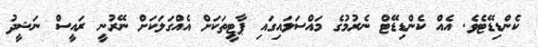
ކެންޑިޑޭޓެވެ. އެއް ކެންޑިޑޭޓް ނެރުމުގެ މައްސަލައިގައި ޕާޓީތަކަށް އެއްގަލަކަށް ނޭރުނީ ރައީސް ނަޝީދު